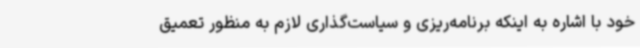
خود با اشاره به اینکه برنامه‌ریزی و سیاست‌گذاری لازم به منظور تعمیق